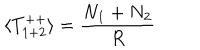
\langle T _ { 1 + 2 } ^ { + + } \rangle = \frac { N _ { 1 } + N _ { 2 } } { R }